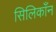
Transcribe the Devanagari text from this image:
सिलिकाँन